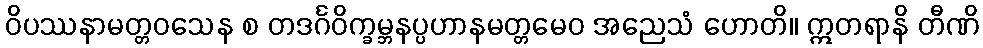
ဝိပဿနာမတ္တဝသေန စ တဒင်္ဂဝိက္ခမ္ဘနပ္ပဟာနမတ္တမေဝ အညေသံ ဟောတိ။ ဣတရာနိ တီဏိ